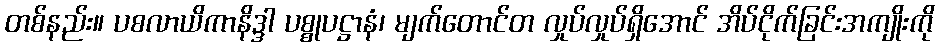
တစ်နည်း။ ပစလာယိကာနိဒ္ဒါ ပစ္စုပဋ္ဌာနံ၊ မျက်တောင်တ လှုပ်လှုပ်ရှိအောင် အိပ်ငိုက်ခြင်းအကျိုးကို